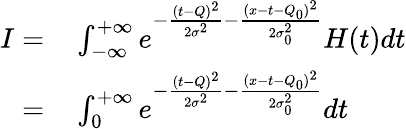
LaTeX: \begin{array}{rl}{I=}&{{}\int_{-\infty}^{+\infty}e^{-\frac{(t-Q)^{2}}{2\sigma^{2}}-\frac{(x-t-Q_{0})^{2}}{2\sigma_{0}^{2}}}H(t)dt}\\ {=}&{{}\int_{0}^{+\infty}e^{-\frac{(t-Q)^{2}}{2\sigma^{2}}-\frac{(x-t-Q_{0})^{2}}{2\sigma_{0}^{2}}}dt}\end{array}